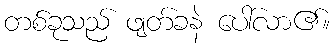
တစ်ခုသည် ဖျတ်ခနဲ ပေါ်လာ၏။